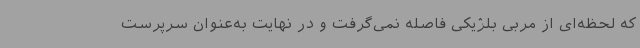
که لحظه‌ای از مربی بلژیکی فاصله نمی‌گرفت و در نهایت به‌عنوان سرپرست